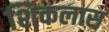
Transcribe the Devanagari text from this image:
शिकलास